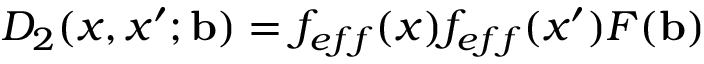
D _ { 2 } ( x , x ^ { \prime } ; { \bf b } ) = f _ { e f f } ( x ) f _ { e f f } ( x ^ { \prime } ) F ( { \bf b } )